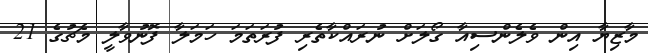
މާޒިޔާ އިން ވެލެންސިއާ ގޯލަށް ނުރައްކާތެރި ފުރަތަމަ ހަމަލާ ފޮނުވާލީ މެޗުގެ 21